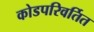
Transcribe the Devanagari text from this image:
कोडपरिवर्तित